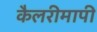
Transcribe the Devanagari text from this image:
कैलरीमापी